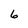
Character: 6